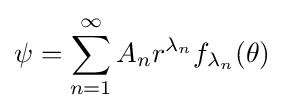
\psi =\sum _{n=1}^{\infty }A_{n}r^{\lambda _{n}}f_{\lambda _{n}}(\theta )